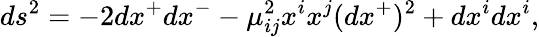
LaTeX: ds^{2}=-2dx^{+}dx^{-}-\mu_{ij}^{2}x^{i}x^{j}(dx^{+})^{2}+dx^{i}dx^{i},